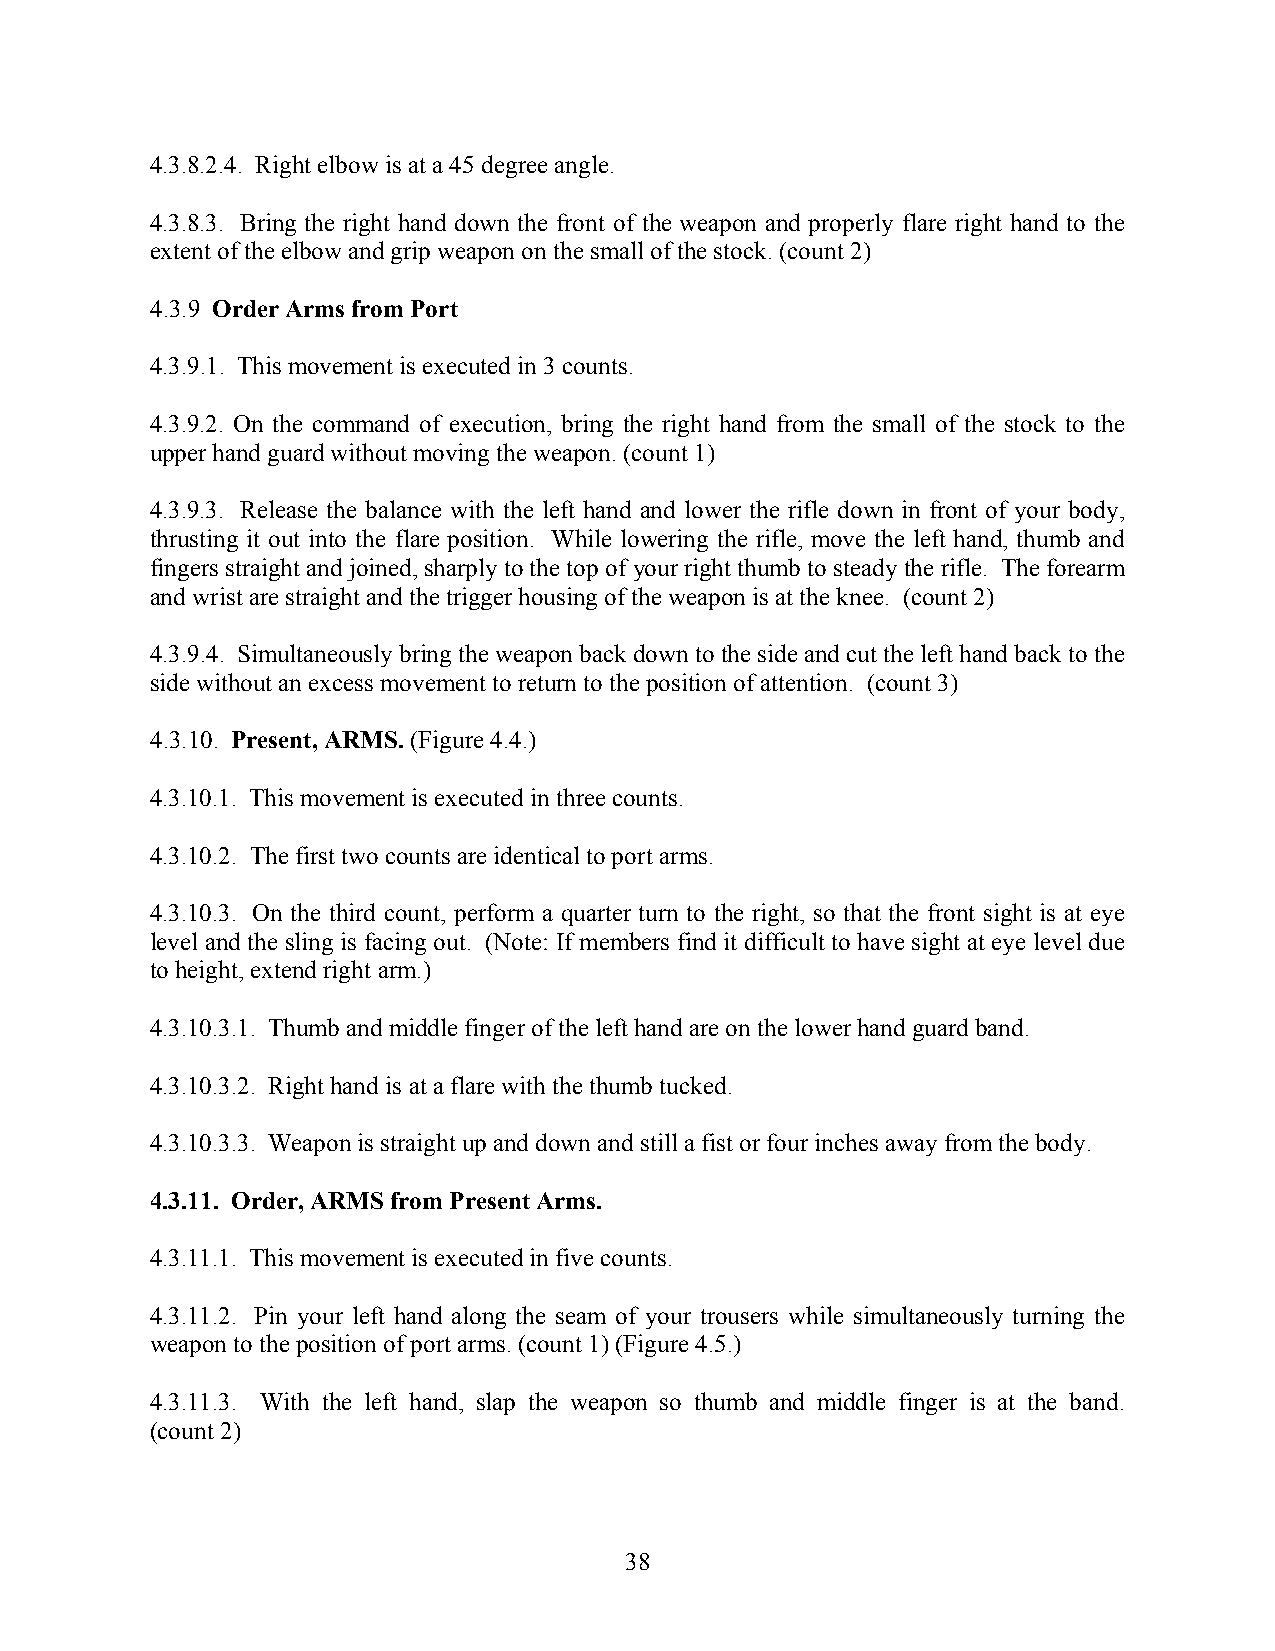
4.3.8.2.4. Right elbow is at a 45 degree angle.
 4.3.8.3. Bring the right hand down the front of the weapon and properly flare right hand to the
 extent of the elbow and grip weapon on the small of the stock. (count 2)
 4.3.9 Order Arms from Port
 4.3.9.1. This movement is executed in 3 counts.
 4.3.9.2. On the command of execution, bring the right hand from the small of the stock to the
 upper hand guard without moving the weapon. (count 1)
 4.3.9.3. Release the balance with the left hand and lower the rifle down in front of your body,
 thrusting it out into the flare position. While lowering the rifle, move the left hand, thumb and
 fingers straight and joined, sharply to the top of your right thumb to steady the rifle. The forearm
 and wrist are straight and the trigger housing of the weapon is at the knee. (count 2)
 4.3.9.4. Simultaneously bring the weapon back down to the side and cut the left hand back to the
 side without an excess movement to return to the position of attention. (count 3)
 4.3.10. Present, ARMS. (Figure 4.4.)
 4.3.10.1. This movement is executed in three counts.
 4.3.10.2. The first two counts are identical to port arms.
 4.3.10.3. On the third count, perform a quarter turn to the right, so that the front sight is at eye
 level and the sling is facing out. (Note: If members find it difficult to have sight at eye level due
 to height, extend right arm.)
 4.3.10.3.1. Thumb and middle finger of the left hand are on the lower hand guard band.
 4.3.10.3.2. Right hand is at a flare with the thumb tucked.
 4.3.10.3.3. Weapon is straight up and down and still a fist or four inches away from the body.
 4.3.11. Order, ARMS from Present Arms.
 4.3.11.1. This movement is executed in five counts.
 4.3.11.2. Pin your left hand along the seam of your trousers while simultaneously turning the
 weapon to the position of port arms. (count 1) (Figure 4.5.)
 4.3.11.3. With the left hand, slap the weapon so thumb and middle finger is at the band.
 (count 2)
 38